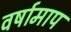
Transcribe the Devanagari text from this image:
वर्षामाप